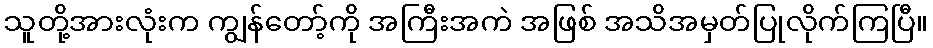
သူတို့အားလုံးက ကျွန်တော့်ကို အကြီးအကဲ အဖြစ် အသိအမှတ်ပြုလိုက်ကြပြီ။